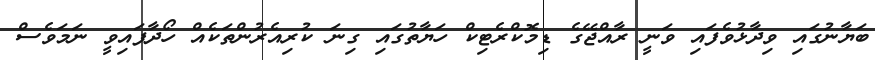
ބަޔާނުގައި ވިދާޅުވެފައި ވަނީ ރާއްޖޭގެ ޑިމޮކްރެޓިކް ހަޔާތުގައި ގިނަ ކުރިއެރުންތަކެއް ހޯދާފައިވީ ނަމަވެސް